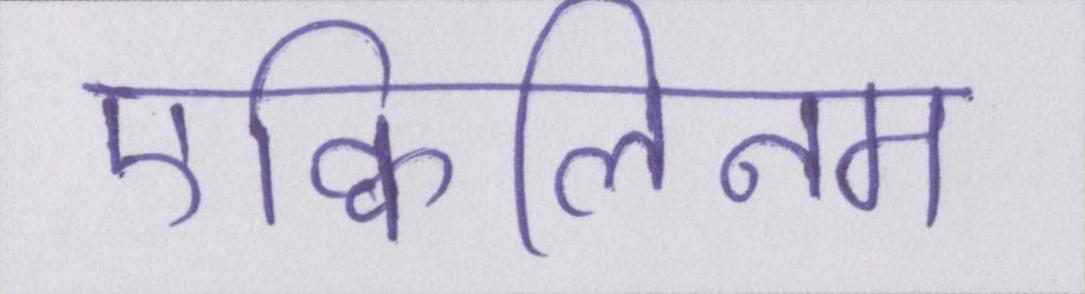
एक्विलिनम